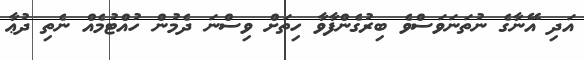
އަދި އޭނާގެ ނުތަނަވަސްވެ ބިރުގެންފާވާ ހިތަށް ވިސްނަ ދެމުން ހުއްޓުމެއް ނެތި ދުޢާ